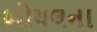
બોયલના